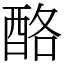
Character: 酪